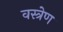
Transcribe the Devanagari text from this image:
वस्त्रेण